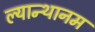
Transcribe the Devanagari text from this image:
ल्यान्थानम